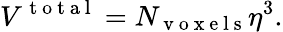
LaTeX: V^{\mathrm{~t~o~t~a~l~}}=N_{\mathrm{~v~o~x~e~l~s~}}\eta^{3}.